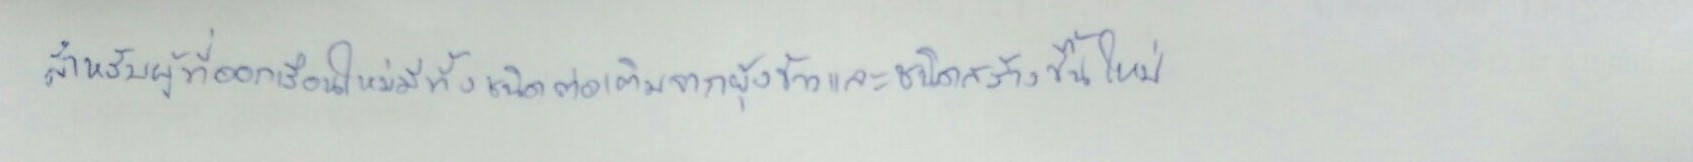
สำหรับผู้ที่ออกเรือนใหม่มีทั้งชนิดต่อเติมจากยุ้งข้าวและชนิดสร้างขึ้นใหม่